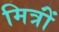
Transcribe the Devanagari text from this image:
मित्रोंं